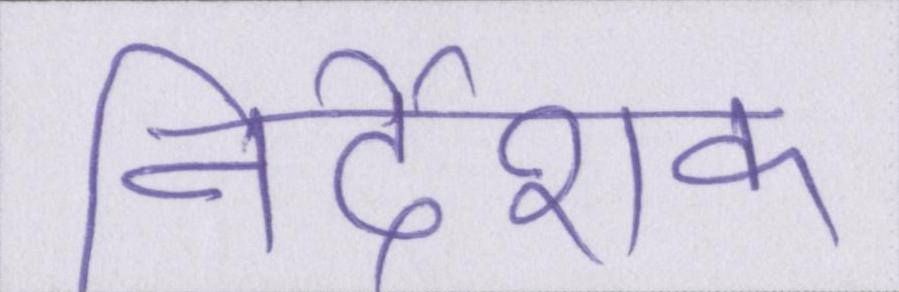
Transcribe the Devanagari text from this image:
निर्देशक